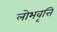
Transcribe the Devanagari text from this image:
लोभवृत्ति